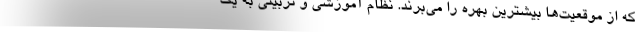
که از موقعیت‌ها بیشترین بهره را می‌برند. نظام آموزشی و تربیتی به یک